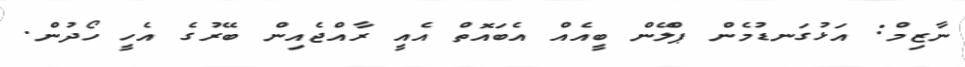
ނާޒިމް: އަޅުގަނޑުމެން ޕްލޭން ބީއެއް އެބައޮތް އެއީ ރާއްޖެއިން ބޭރުގެ އެހީ ހޯދުން.